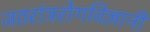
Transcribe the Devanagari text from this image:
जठरांत्ररोगविज्ञानी